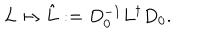
LaTeX: L \mapsto \hat { L } : = D _ { 0 } ^ { - 1 } L ^ { \dagger } D _ { 0 } .